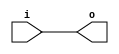
module low_power_buffer (
    input wire i,
    output wire o
);

assign o = i;

endmodule